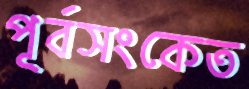
পূর্বসংকেত